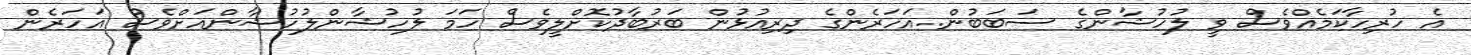
އެ ހުރިހާކަމެއްވެސް ވީ ލުހުޝާންގެ ސަބަބުން..އަހަރެންގެ ދިރިއުޅުން ބަރުބާދުކޮށްލީވެސް ހަމަ ލުހުޝާންލުހުޝާންއަށްވެސް އަހަރެން